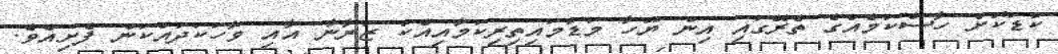
ކުޑަކޮށް ހާސްކަމެއްގެ ތެރޭގައި އިން ޔޫހާ މަޑުމައިތިރިކަމާއިއެކު ޒަރާނާ އާއި ވާހަކަދައްކަން ފެށިއެވެ.